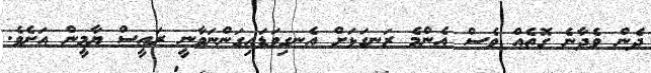
ދެން ވެދާނެ ގޮތެއް ވެސް އެންމެ ރަނގަޅަށް އެނގިވަޑައިގަންނަވާނީ ރައީސް ޔާމީން އަށެވެ.